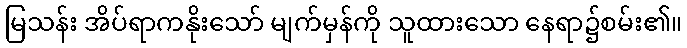
မြသန်း အိပ်ရာကနိုးသော် မျက်မှန်ကို သူထားသော နေရာ၌စမ်း၏။